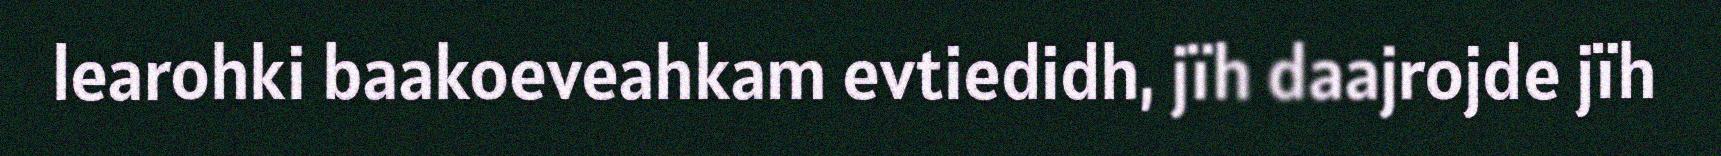
learohki baakoeveahkam evtiedidh, jïh daajrojde jïh